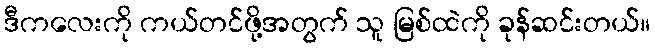
ဒီကလေးကို ကယ်တင်ဖို့အတွက် သူ မြစ်ထဲကို ခုန်ဆင်းတယ်။